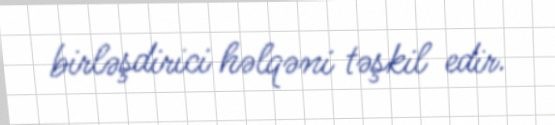
birləşdirici həlqəni təşkil edir.